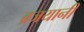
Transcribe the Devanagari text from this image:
व्रजयानी